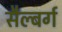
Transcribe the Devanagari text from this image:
सैल्बर्ग